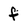
Character: f